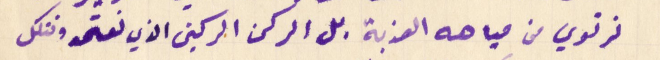
نرتوي من مياهه العذبة بل الركن الركين الذي نعتمد ونتكل